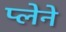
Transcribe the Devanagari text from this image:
प्लेने